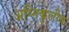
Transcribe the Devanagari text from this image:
अग्निकुलीय